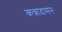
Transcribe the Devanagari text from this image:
कन्नादासन